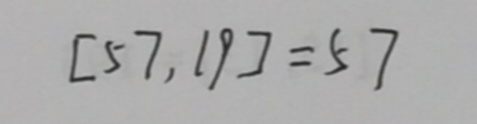
[ 5 7 , 1 9 ] = 5 7